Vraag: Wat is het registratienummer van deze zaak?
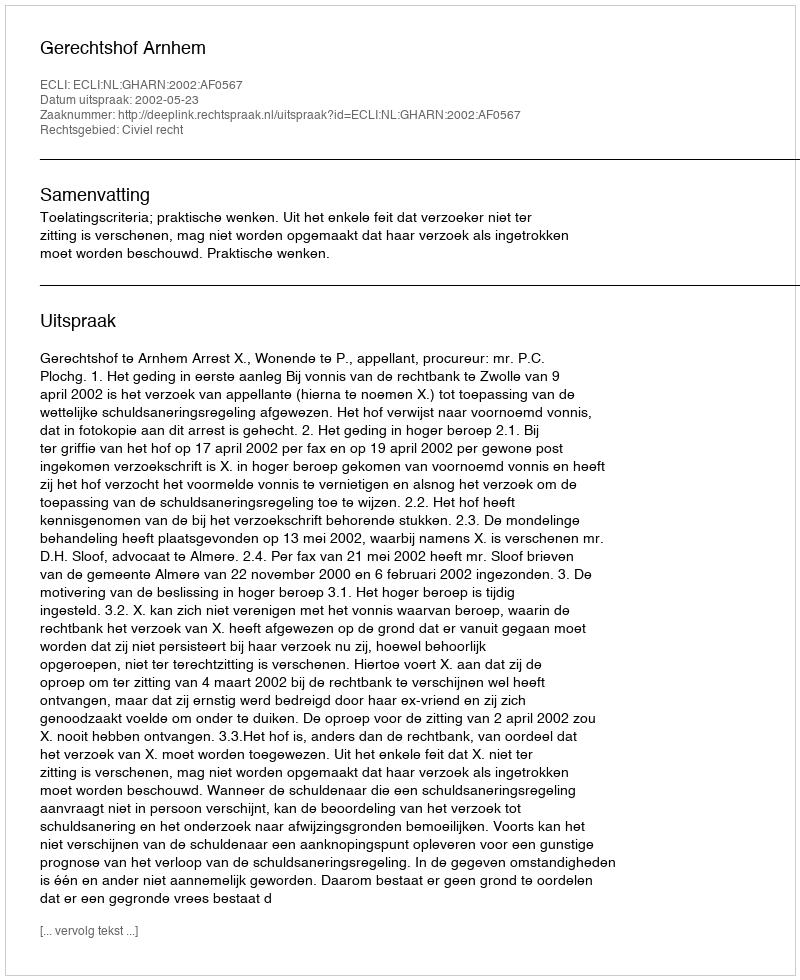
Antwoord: http://deeplink.rechtspraak.nl/uitspraak?id=ECLI:NL:GHARN:2002:AF0567